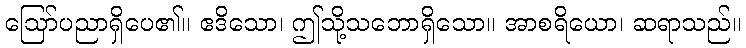
ဩော်ပညာရှိပေ၏။ ဧဒိသော၊ ဤသို့သဘောရှိသော။ အာစရိယော၊ ဆရာသည်။